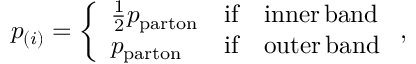
p _ { ( i ) } = \left\{ \begin{array} { l l l } { { \frac { 1 } { 2 } p _ { \mathrm { p a r t o n } } } } & { { \mathrm { i f } } } & { { \mathrm { i n n e r } \, \mathrm { b a n d } } } \\ { { p _ { \mathrm { p a r t o n } } } } & { { \mathrm { i f } } } & { { \mathrm { o u t e r } \, \mathrm { b a n d } } } \end{array} \right. ,